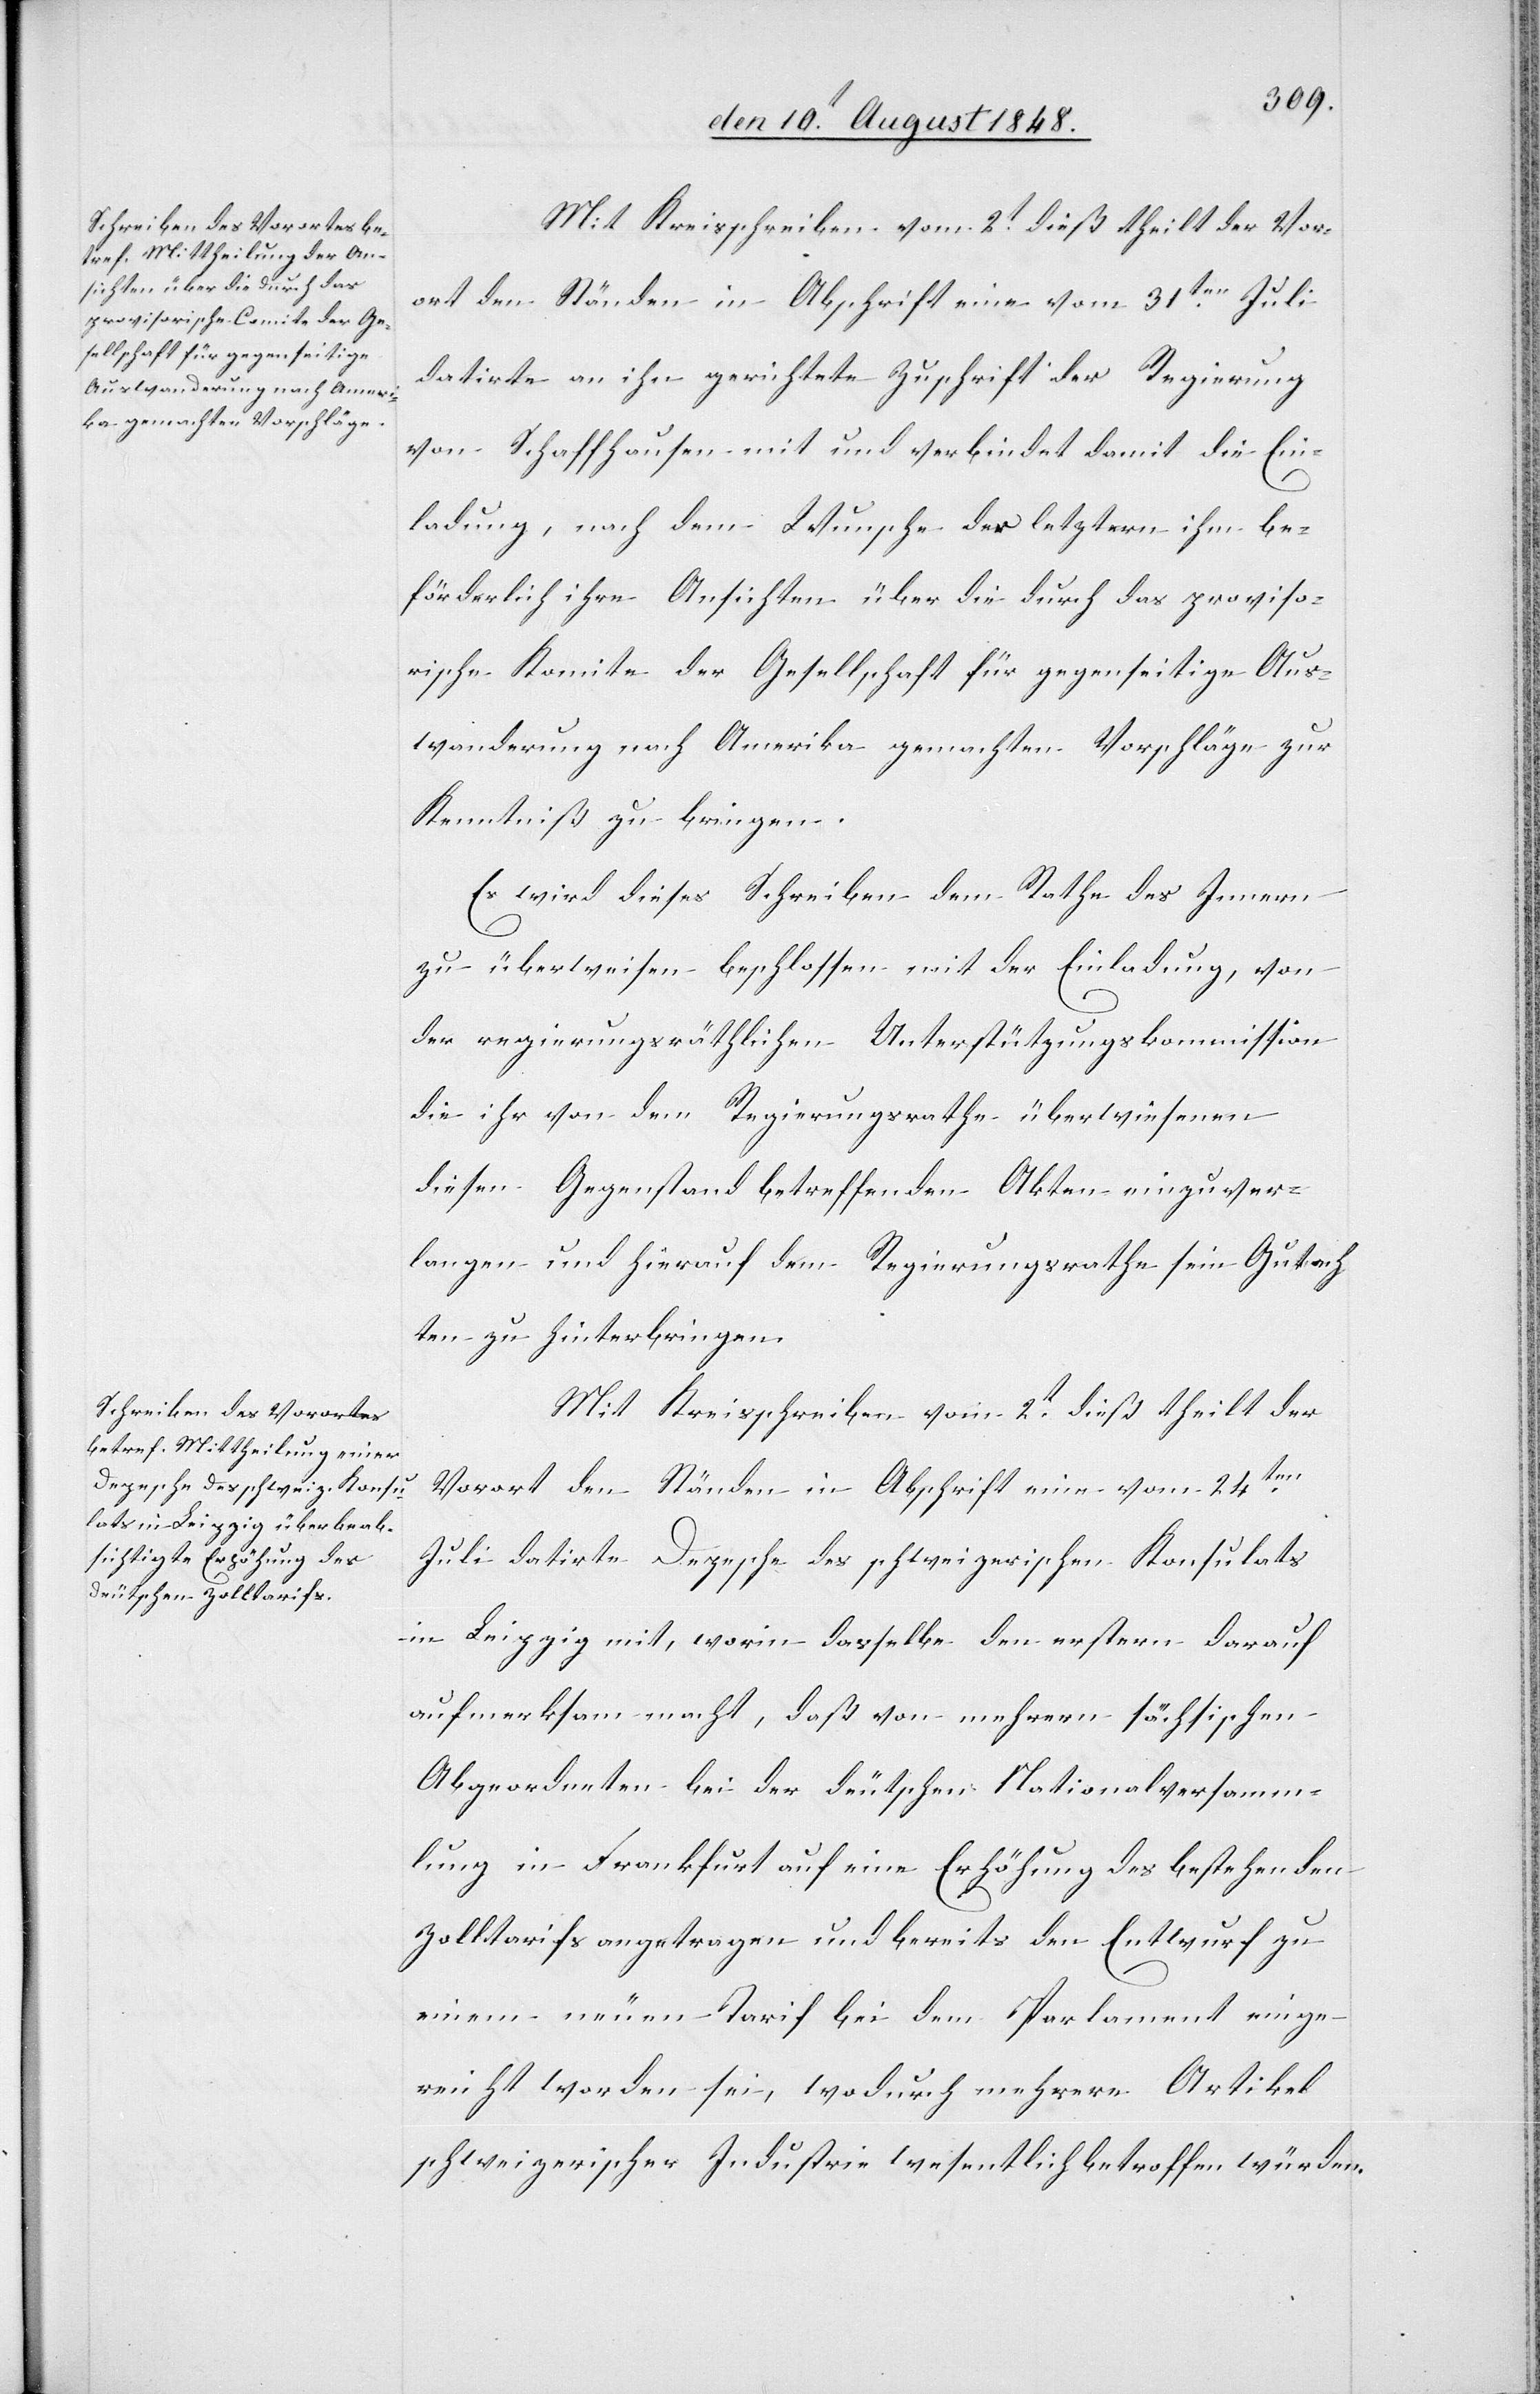
Mit Kreisschreiben vom 2t dieß theilt der Vor¬
ort den Ständen in Abschrift eine vom 31ten Juli
datirte an ihn gerichtete Zuschrift der Regierung
von Schaffhausen mit und verbindet damit die Ein¬
ladung, nach dem Wunsche der letztern ihm be¬
förderlich ihre Ansichten über die durch das proviso¬
rische Komitee der Gesellschaft für gegenseitige Aus¬
wanderung nach Amerika gemachten Vorschläge zur
Kenntniß zu bringen.
Es wird dieses Schreiben dem Rathe des Innern
zu überweisen beschlossen mit der Einladung, von
der regierungsräthlichen Unterstützungskommission
die ihr von dem Regierungsrathe überwiesenen
diesen Gegenstand betreffenden Akten einzuver¬
langen und hierauf dem Regierungsrathe sein Gutach¬
ten zu hinterbringen.
Mit Kreisschreiben vom 2t dieß theilt der
Vorort den Ständen in Abschrift eine vom 24ten
Juli datirte Depesche des schweizerischen Konsulats
in Leipzig mit, worin dasselbe den erstern darauf
aufmerksam macht, daß von mehrern sächsischen
Abgeordneten bei der deutschen Nationalversamm¬
lung in Frankfurt auf eine Erhöhung des bestehenden
Zolltarifs angetragen und bereits den Entwurf zu
einem neuen Tarif bei dem Parlament einge¬
reicht worden sei, wodurch mehrere Artikel
schweizerischer Industrie wesentlich betroffen würden.